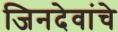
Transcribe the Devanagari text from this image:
जिनदेवांचे